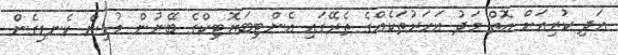
އަދި ކުރިއަށް އޮތް މަދު އަހަރުތަކެއްގެ ތެރޭގައި އެންޓިބަޔޮޓިކްގެ ބޭނުން މުޅިން ކެނޑިގެން